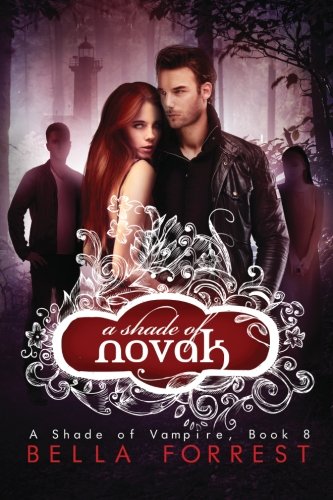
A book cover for A Shade of Vampire 8: A Shade of Novak (Volume 8); Bella Forrest; Romance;